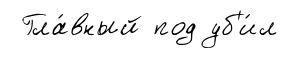
Гла́вный под уб'и́л